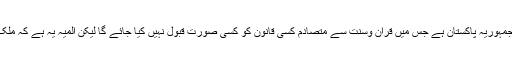
انہوں نے کہاکہ 1973کے آئین کے مطابق پاکستان ایک اسلامی جمہوریہ پاکستان ہے جس میں قرآن وسنت سے متصادم کسی قانون کو کسی صورت قبول نہیں کیا جائے گا لیکن المیہ یہ ہے کہ ملک کے اسلامی آئین پر اس کی روح کی مطابق عمل نہیں کیا جارہا ۔